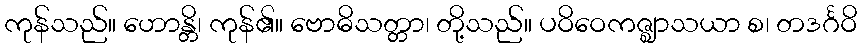
ကုန်သည်။ ဟောန္တိ၊ ကုန်၏။ ဗောဓိသတ္တာ၊ တို့သည်။ ပဝိဝေကဇ္ဈာသယာ စ၊ တဒင်္ဂဝိ